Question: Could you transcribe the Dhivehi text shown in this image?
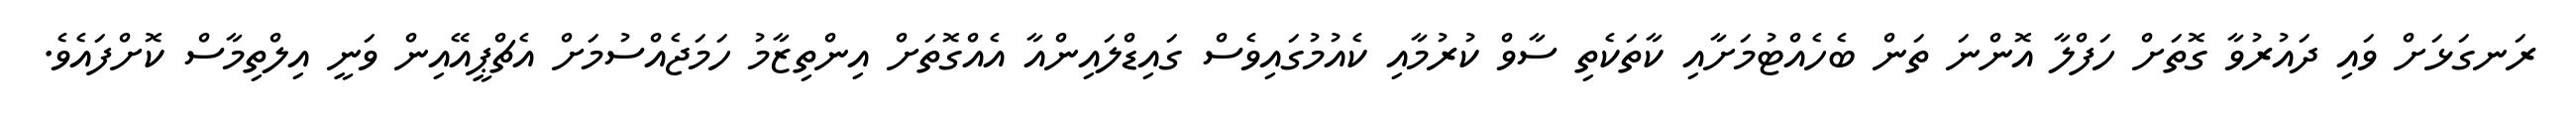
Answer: ރަނގަޅަށް ވައި ދައުރުވާ ގޮތަށް ހަފްލާ އޮންނަ ތަން ބެހެއްޓުމަށާއި ކާތަކެތި ސާވް ކުރުމާއި ކެއުމުގައިވެސް ގައިޑްލައިންއާ އެއްގޮތަށް އިންތިޒާމު ހަމަޖެއްސުމަށް އެޗްޕީއޭއިން ވަނީ އިލްތިމާސް ކޮށްފައެވެ.